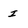
Character: I